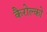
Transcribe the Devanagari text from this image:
कैरोल्को